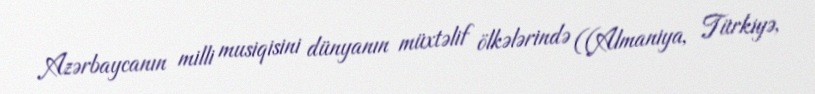
Azərbaycanın milli musiqisini dünyanın müxtəlif ölkələrində ((Almaniya, Türkiyə,